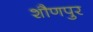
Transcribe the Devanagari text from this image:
शौणपुर